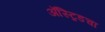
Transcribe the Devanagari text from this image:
ॲस्ट्रिडचा